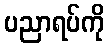
ပညာရပ်ကို